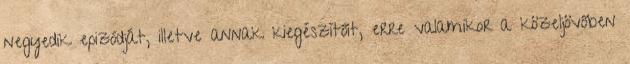
negyedik epizódját, illetve annak kiegészítőit, erre valamikor a közeljövőben